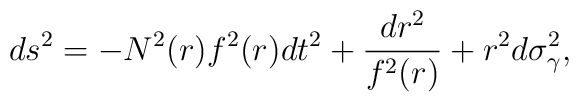
ds^{2}=-N^{2}(r)f^{2}(r)dt^{2}+\frac{dr^{2}}{f^{2}(r)}+r^{2}d\sigma _{\gamma}^{2},